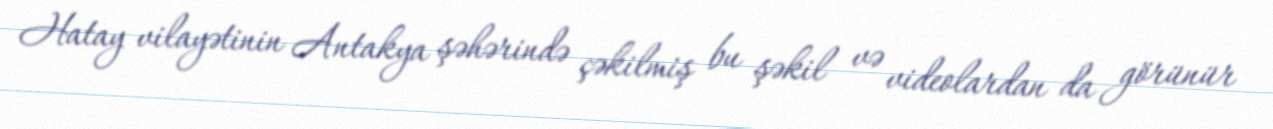
Hatay vilayətinin Antakya şəhərində çəkilmiş bu şəkil və videolardan da görünür